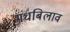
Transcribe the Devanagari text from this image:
गंधबिलाव